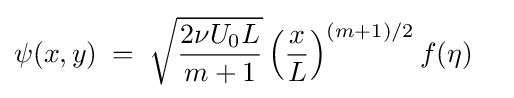
\psi (x,y)\;=\;{\sqrt {\frac {2\nu U_{0}L}{m+1}}}\left({\frac {x}{L}}\right)^{(m+1)/2}f(\eta )\quad